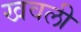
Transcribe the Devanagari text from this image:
खवली